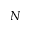
N